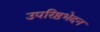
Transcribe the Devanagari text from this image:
उपरिष्ठभेदन